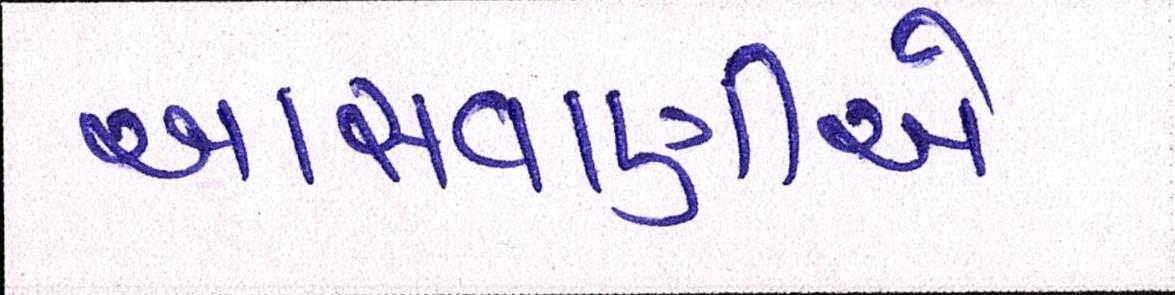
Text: આસવાણીએ